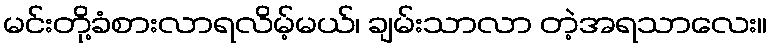
မင်းတို့ခံစားလာရလိမ့်မယ်၊ ချမ်းသာလာ တဲ့အရသာလေး။